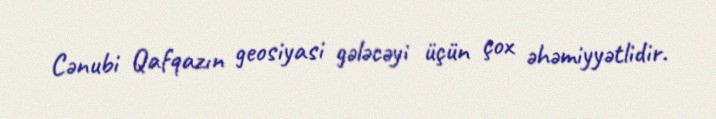
Cənubi Qafqazın geosiyasi gələcəyi üçün çox əhəmiyyətlidir.